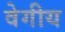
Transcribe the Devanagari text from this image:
वेगीय